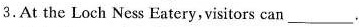
3.At the Loch Ness Eatery,visitors can___.